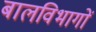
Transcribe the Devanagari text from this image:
बालविभागों